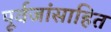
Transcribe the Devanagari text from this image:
पूर्वजांसाहित